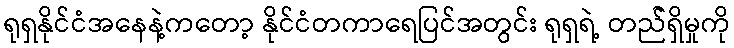
ရုရှနိုင်ငံအနေနဲ့ကတော့ နိုင်ငံတကာရေပြင်အတွင်း ရုရှရဲ့ တည််ရှိမှုကို